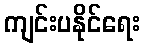
ကျင်းပနိုင်ရေး